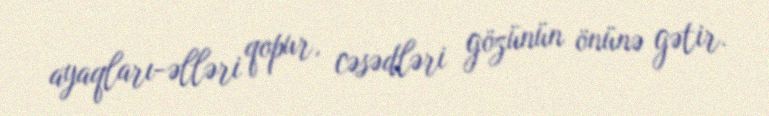
ayaqları-əlləri qopur, cəsədləri gözünün önünə gətir.